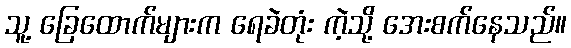
သူ့ ခြေထောက်များက ရေခဲတုံး ကဲ့သို့ အေးစက်နေသည်။